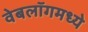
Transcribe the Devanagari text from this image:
वेबलॉगमध्ये